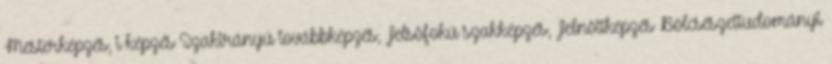
Mesterképzés, i képzés Szakirányú továbbképzés, Felsõfokú szakképzés, Felnõttképzés Bölcsészettudományi